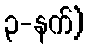
၃-နက်)